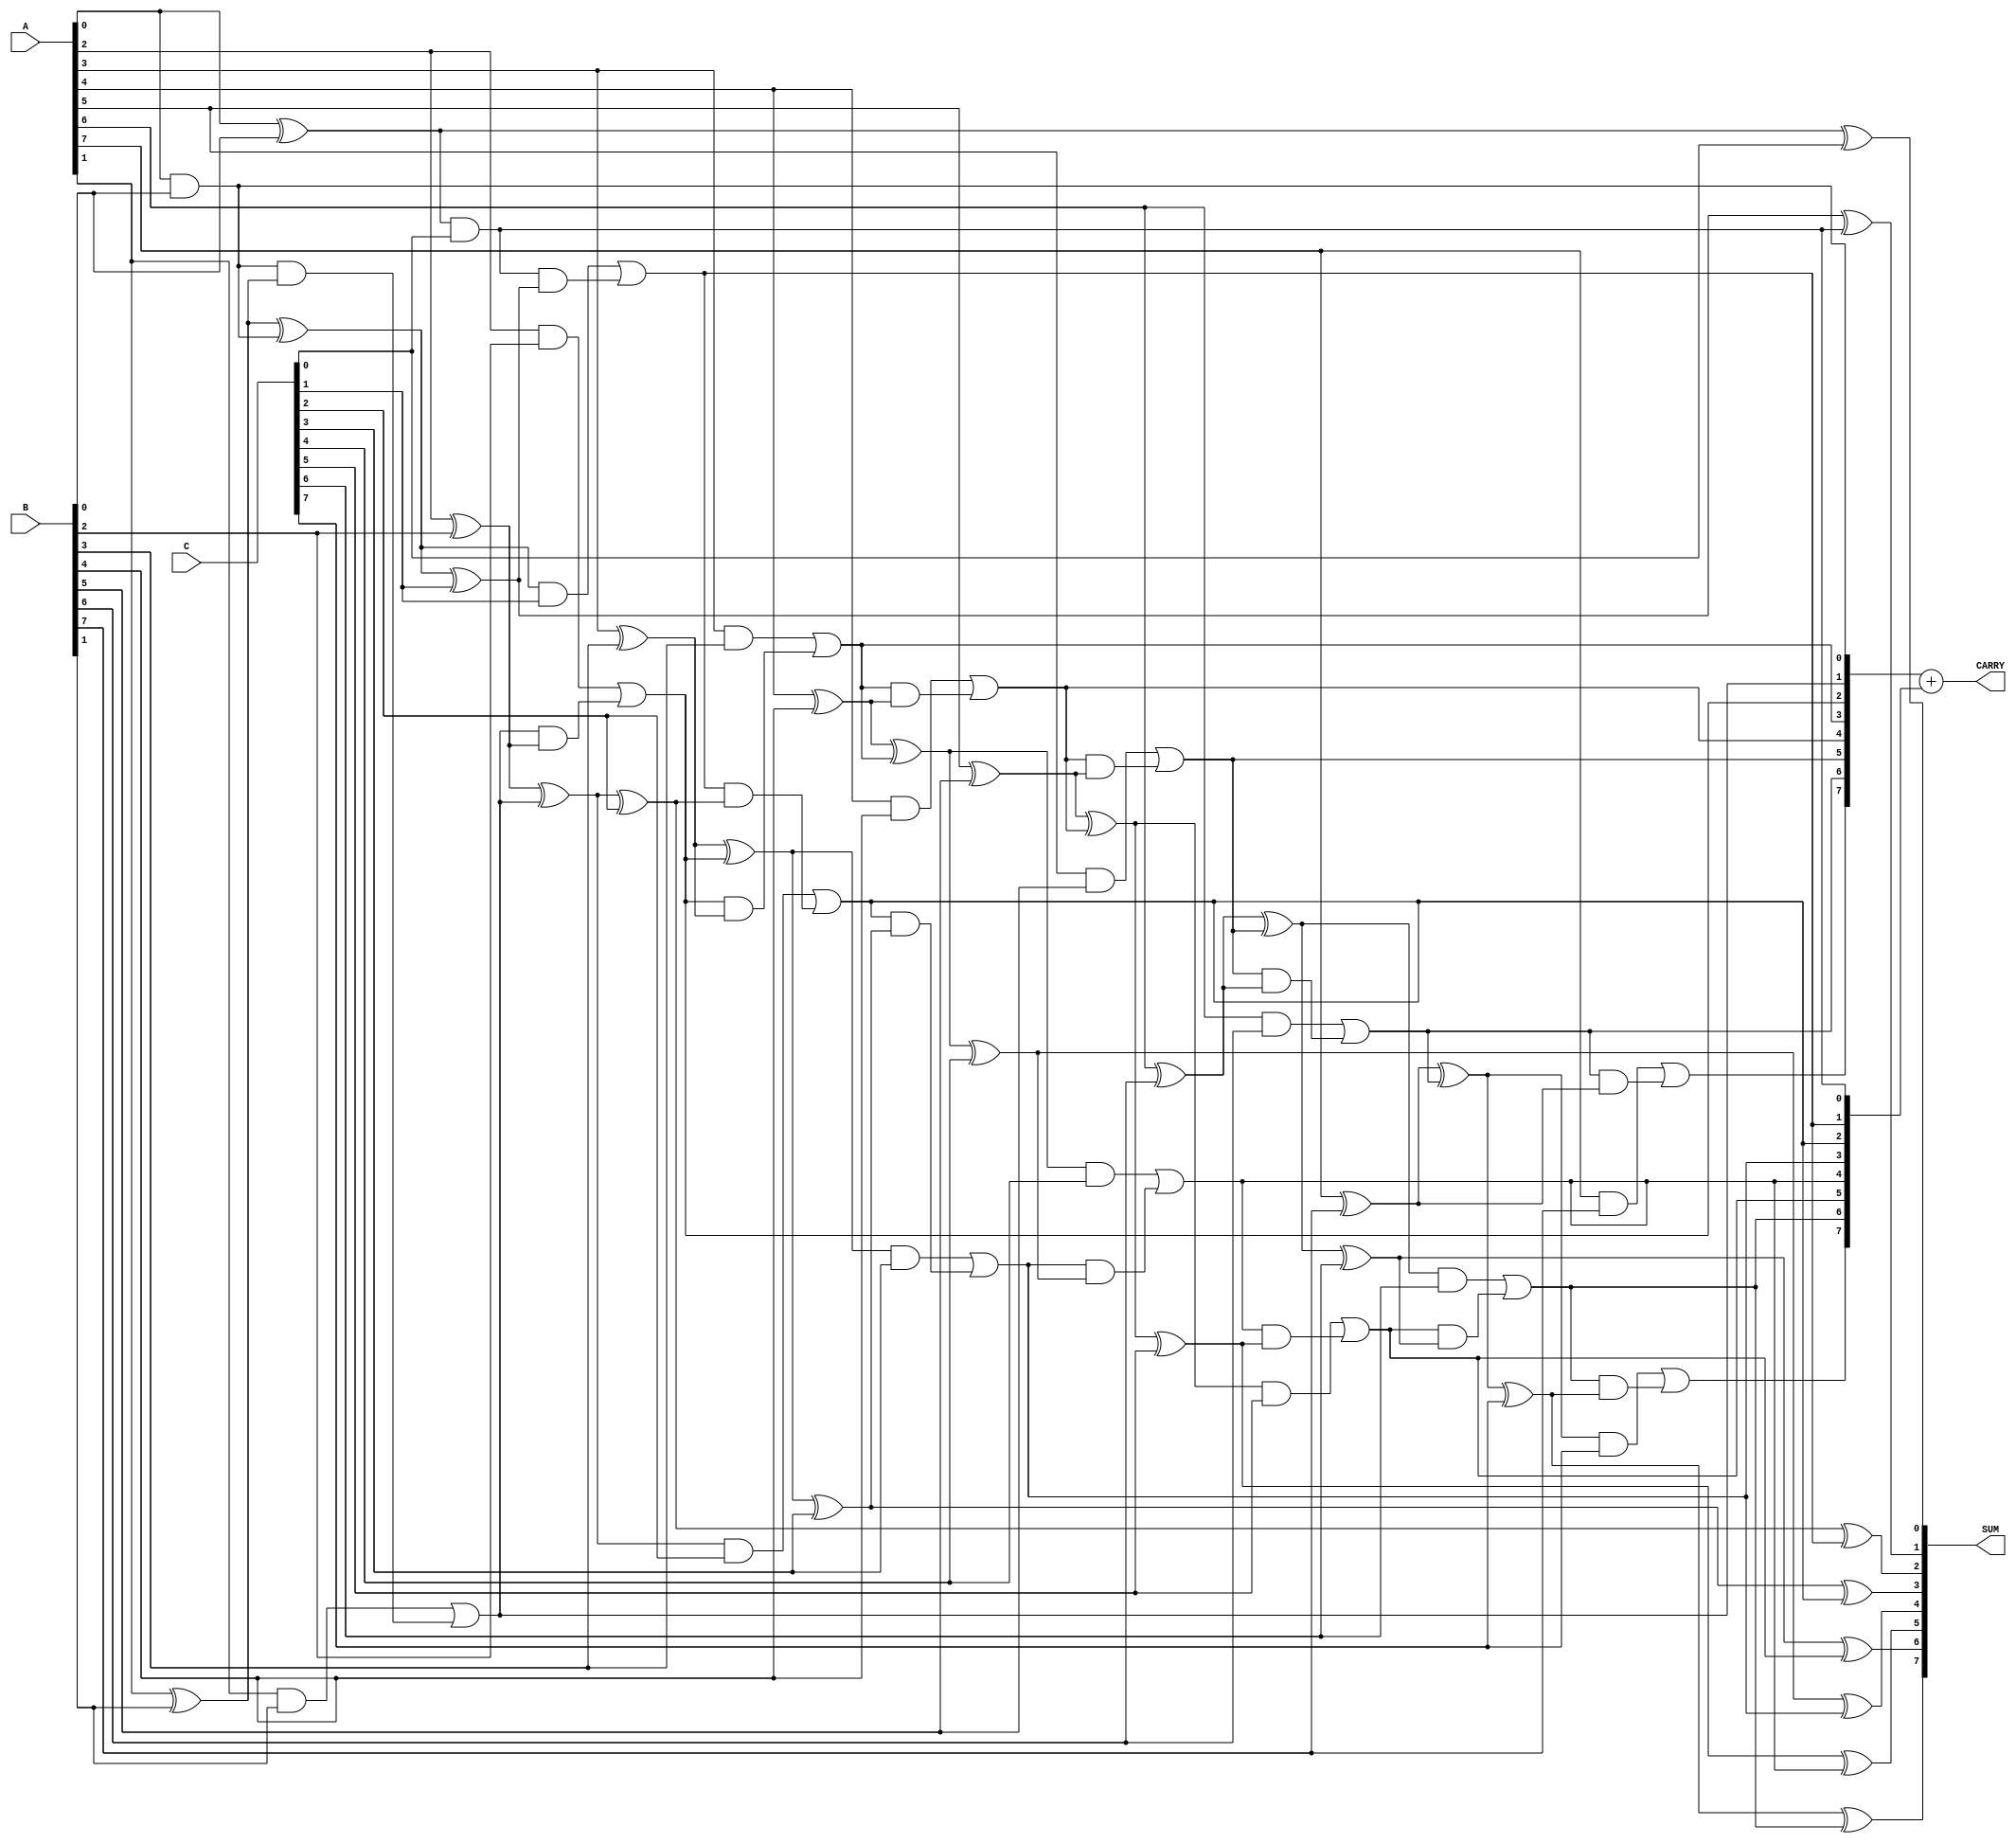
module ModifiedCarrySaveAdder #(parameter WIDTH = 8) (
    input  wire [WIDTH-1:0] A,
    input  wire [WIDTH-1:0] B,
    input  wire [WIDTH-1:0] C,
    output wire [WIDTH-1:0] SUM,
    output wire [WIDTH-1:0] CARRY
);

    // Intermediate wires for full adder outputs
    wire [WIDTH-1:0] sum1, carry1;
    wire [WIDTH-1:0] sum2, carry2;

    // Full adder for first two operands
    genvar i;
    generate
        for (i = 0; i < WIDTH; i = i + 1) begin : FA1
            if (i == 0) begin
                assign sum1[i] = A[i] ^ B[i];
                assign carry1[i] = A[i] & B[i];
            end else begin
                assign sum1[i] = A[i] ^ B[i] ^ carry1[i-1];
                assign carry1[i] = (A[i] & B[i]) | (carry1[i-1] & (A[i] ^ B[i]));
            end
        end
    endgenerate

    // Full adder for the result of the first addition and the third operand
    generate
        for (i = 0; i < WIDTH; i = i + 1) begin : FA2
            if (i == 0) begin
                assign sum2[i] = sum1[i] ^ C[i];
                assign carry2[i] = sum1[i] & C[i];
            end else begin
                assign sum2[i] = sum1[i] ^ C[i] ^ carry2[i-1];
                assign carry2[i] = (sum1[i] & C[i]) | (carry2[i-1] & (sum1[i] ^ C[i]));
            end
        end
    endgenerate

    // Final outputs
    assign SUM = sum2;
    assign CARRY = carry1 + carry2;

endmodule